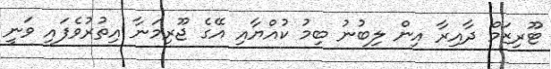
ޓޫރިޒަމް ދާއިރާ އިން ލިބުނު ބިމު ކުއްޔާއި އޭގެ ޖޫރިމަނާ އިތުރުވެފައި ވަނީ